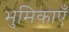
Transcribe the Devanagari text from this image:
भुमिकाएँ